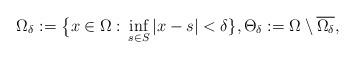
LaTeX: \begin{align*}\Omega_\delta:=\big\{x\in \Omega: \, \inf_{s\in S} |x-s|<\delta\},\Theta_\delta:=\Omega\setminus \overline{\Omega_\delta},\end{align*}